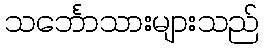
သင်္ဘောသားများသည်